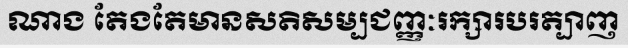
ណាង តែងតែមានសតិសម្បជញ្ញៈរក្សារបរត្បាញ